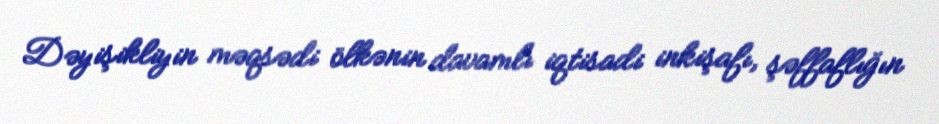
Dəyişikliyin məqsədi ölkənin davamlı iqtisadi inkişafı, şəffaflığın